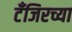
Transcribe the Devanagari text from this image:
टँजिरच्या